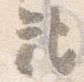
記